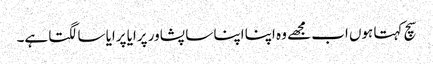
سچ کہتا ہوں اب مجھے وہ اپنا اپنا سا پشاور پرایا پرایا سا لگتا ہے۔